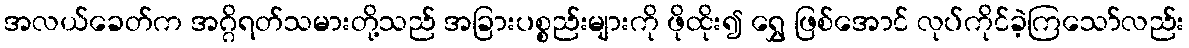
အလယ်ခေတ်က အဂ္ဂိရတ်သမားတို့သည် အခြားပစ္စည်းများကို ဖိုထိုး၍ ရွှေ ဖြစ်အောင် လုပ်ကိုင်ခဲ့ကြသော်လည်း